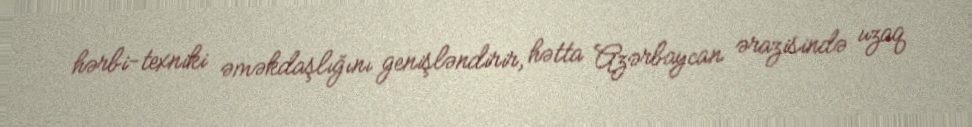
hərbi-texniki əməkdaşlığını genişləndirir, hətta Azərbaycan ərazisində uzaq